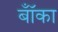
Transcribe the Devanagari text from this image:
बॉँका